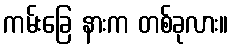
ကမ်းခြေ နားက တစ်ခုလား။